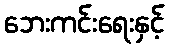
ဘေးကင်းရေးနှင့်